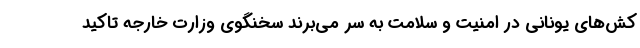
کش‌های یونانی در امنیت و سلامت به سر می‌برند سخنگوی وزارت خارجه تاکید